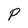
Character: P